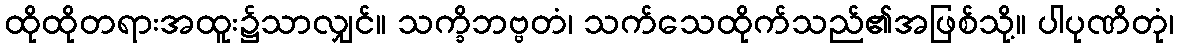
ထိုထိုတရားအထူး၌သာလျှင်။ သက္ခိဘဗ္ဗတံ၊ သက်သေထိုက်သည်၏အဖြစ်သို့။ ပါပုဏိတုံ၊